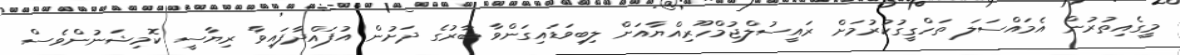
މީގެއިތުރުން އެމައްސަލަ ތަހްގީގުކުރުމަށް ރައީސުލްޖުމްހޫރިއްޔާއަށް ލިބިވަޑައިގަންވާ ބާރުގެ ދަށުން އުފައްދާފައިވާ ރިޔާސީ ކޮމިޝަނުންވެސް